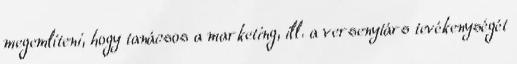
megemlíteni, hogy tanácsos a marketing, ill. a versenytárs tevékenységét